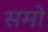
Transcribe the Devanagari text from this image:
समो